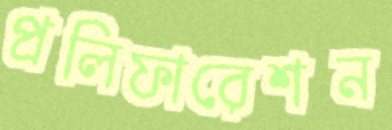
প্রলিফারেশন